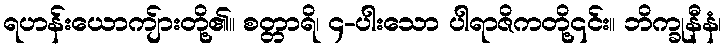
ရဟန်းယောကျ်ားတို့၏။ စတ္တာရိ၊ ၄-ပါးသော ပါရာဇိကတို့၎င်း။ ဘိက္ခုနီနံ၊